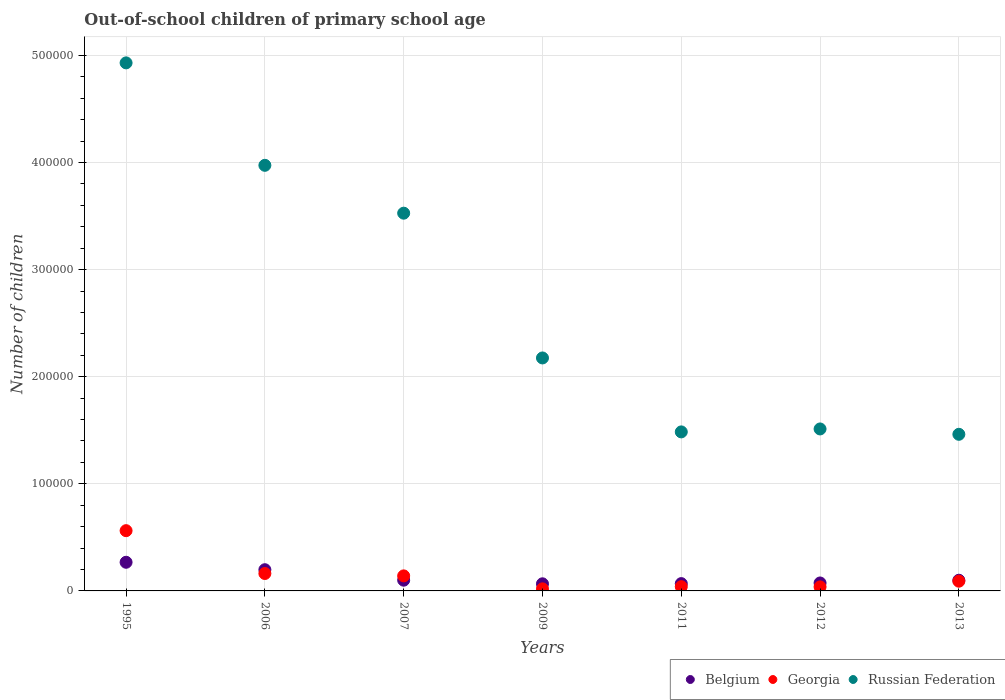
| Years | Belgium | Georgia | Russian Federation |
 | --- | --- | --- | --- |
 | 1995 | 2.68e+04 | 5.63e+04 | 4.93e+05 |
 | 2006 | 1.98e+04 | 1.63e+04 | 3.97e+05 |
 | 2007 | 1e+04 | 1.4e+04 | 3.53e+05 |
 | 2009 | 6.65e+03 | 1.93e+03 | 2.18e+05 |
 | 2011 | 6.83e+03 | 3.98e+03 | 1.48e+05 |
 | 2012 | 7.43e+03 | 3.77e+03 | 1.51e+05 |
 | 2013 | 9.98e+03 | 9.08e+03 | 1.46e+05 |